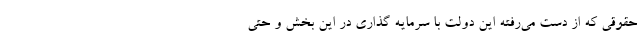
حقوقی که از دست می‌رفته این دولت با سرمایه گذاری در این بخش و حتی